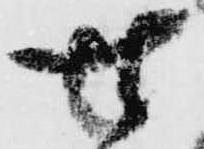
せ